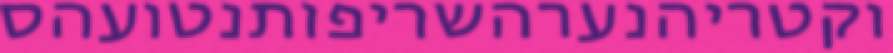
וקטריהנערהשריפותנטועהס